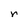
Character: r